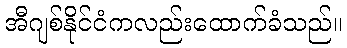
အီဂျစ်နိုင်ငံကလည်းထောက်ခံသည်။